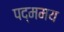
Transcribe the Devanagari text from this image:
पद्ममय